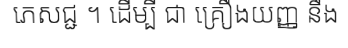
ភេសជ្ជ ។ ដើម្បី ជា គ្រឿងយញ្ញ នឹង